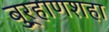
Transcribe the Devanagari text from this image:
बुर्‍हाणशहा